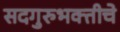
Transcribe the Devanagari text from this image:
सदगुरुभक्तीचे